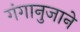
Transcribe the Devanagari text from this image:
गंगानुजाने